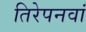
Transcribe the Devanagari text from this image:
तिरेपनवां